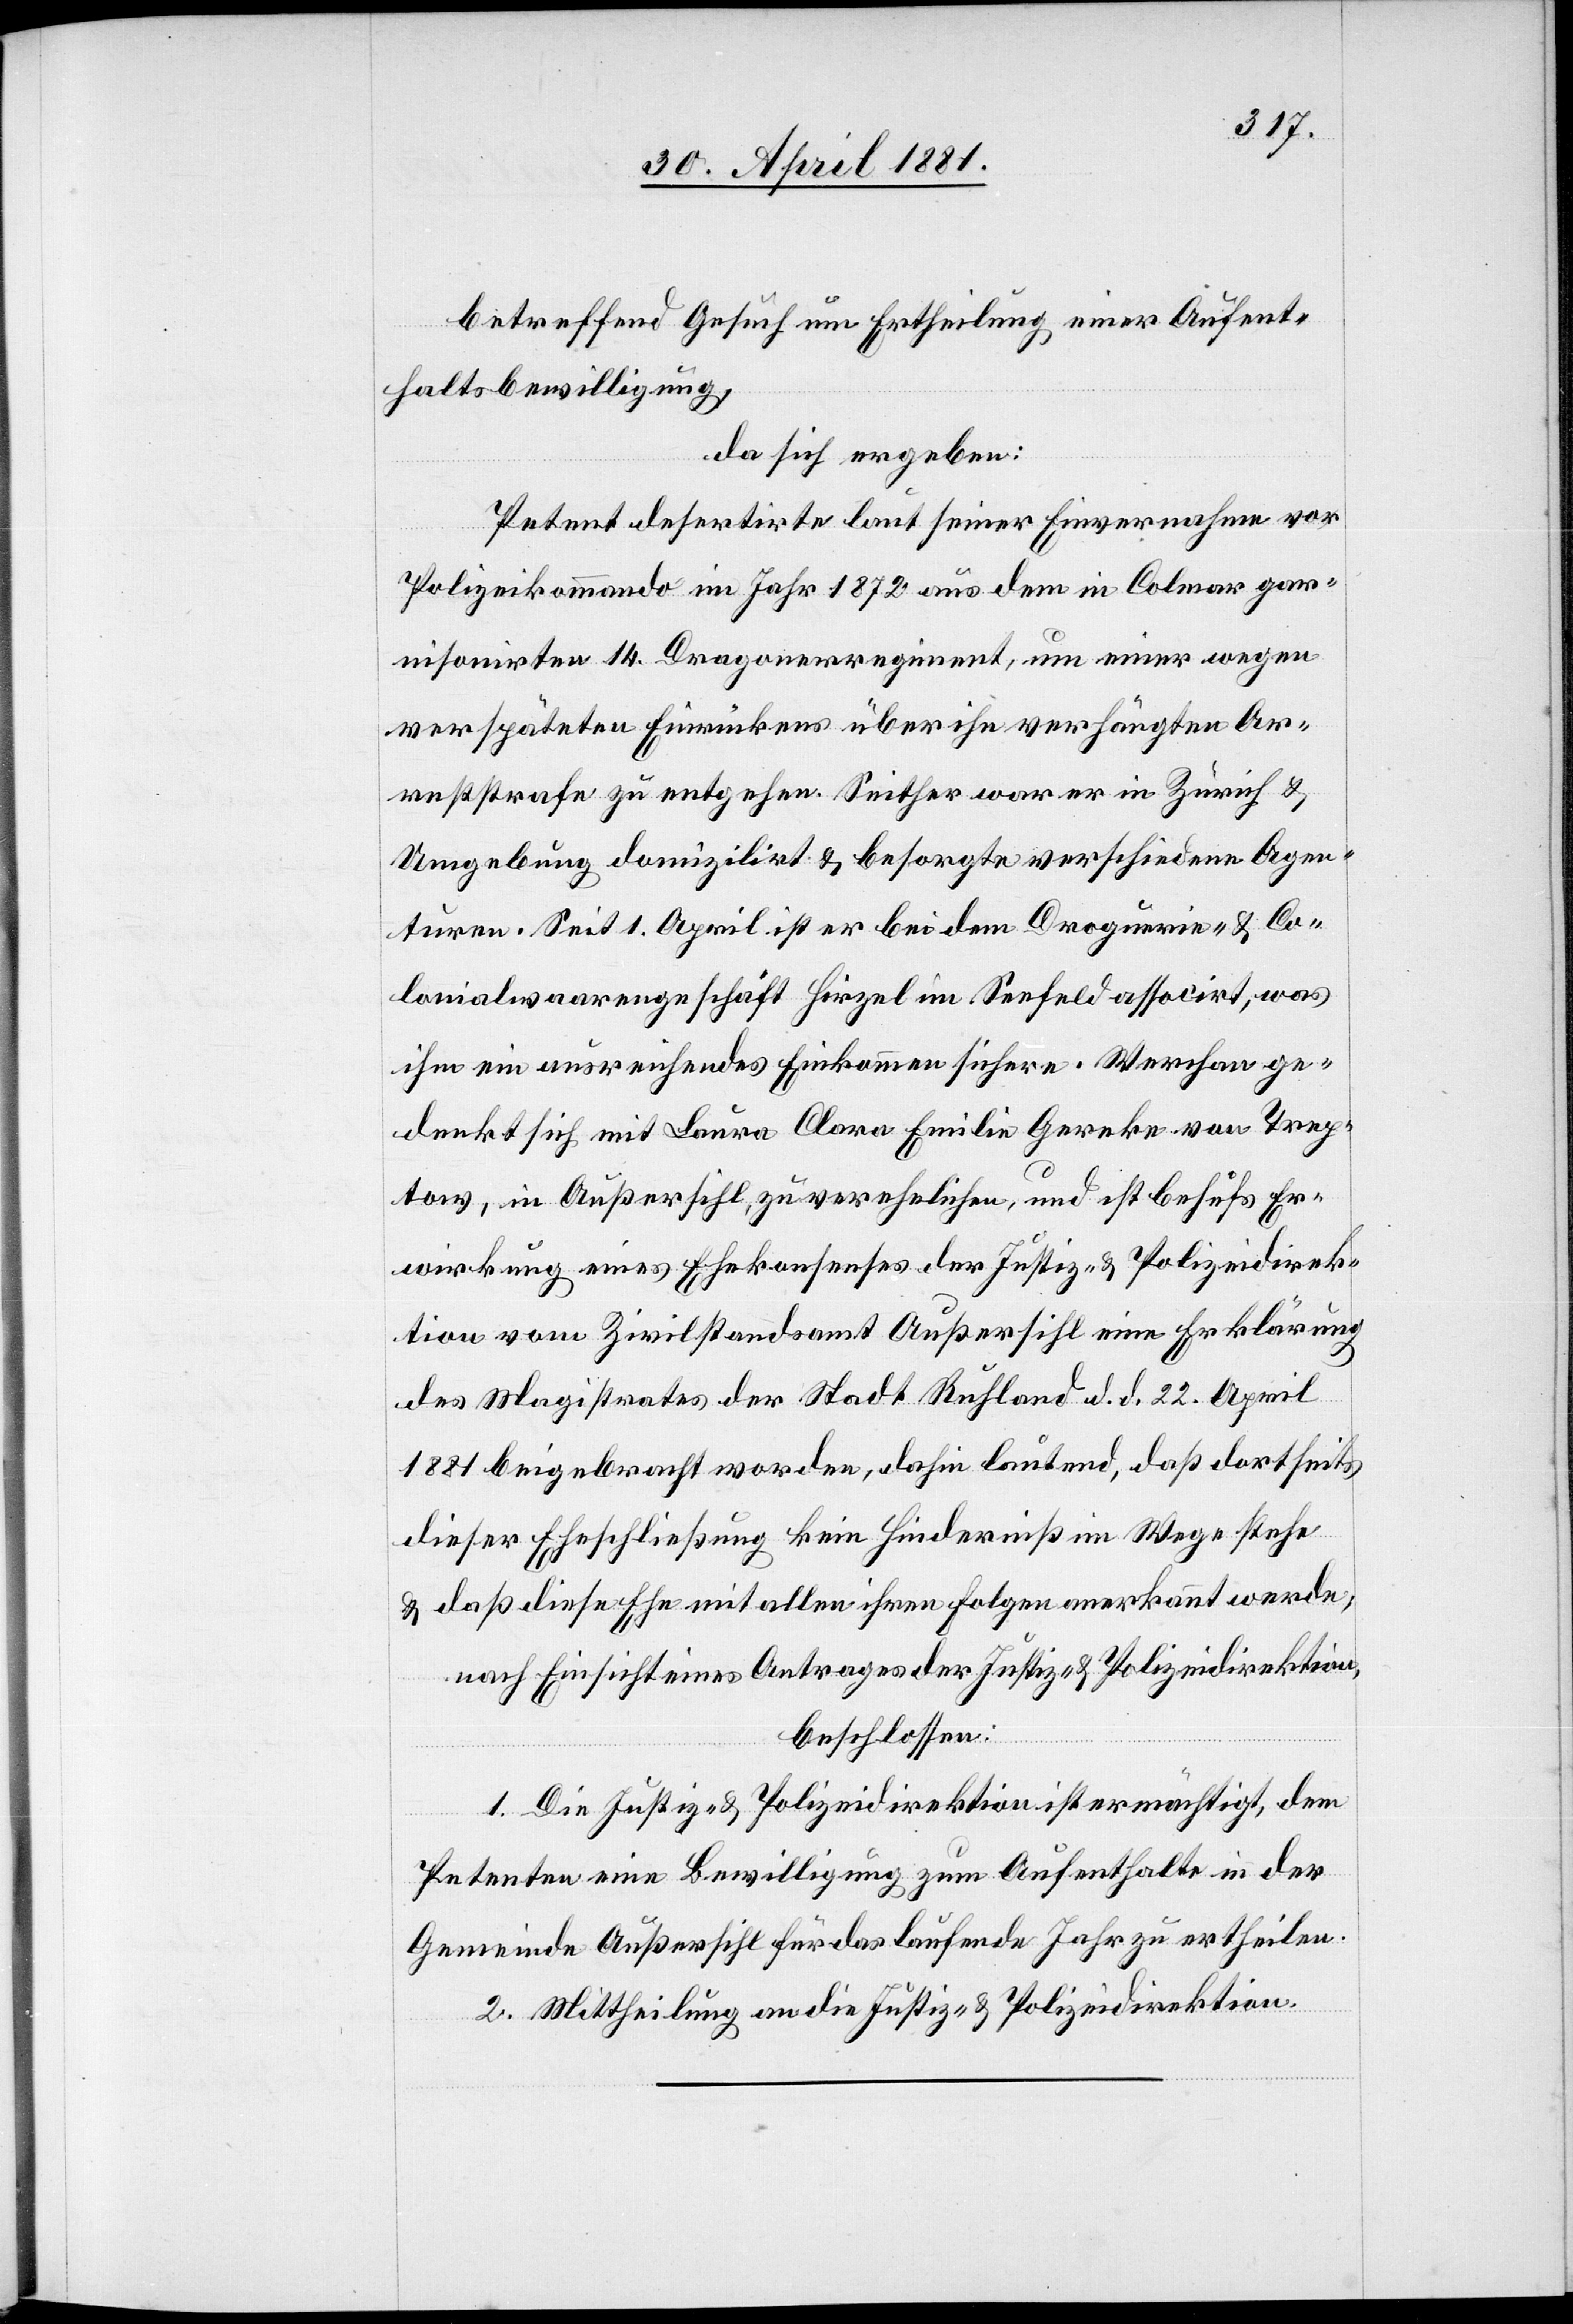
betreffend Gesuch um Ertheilung einer Aufent¬
haltsbewilligung,
da sich ergeben:
Petent desertirte laut seiner Einvernahme vor
Polizeikommando im Jahr 1872 aus dem in Colmar gar¬
nisonirten 14. Dragonerregiment, um einer wegen
verspäteten Einrückens über ihn verhängten Ar¬
reststrafe zu entgehen. Seither war er in Zürich &
Umgebung domizilirt & besorgte verschiedene Agen¬
turen. Seit 1. April ist er bei dem Droguerie- & Co¬
lonialwaarengeschäft Hirzel im Seefeld associrt
ihm ein ausreichendes Einkommen sichere. Werchan ge¬
denkt sich mit Laura Clara Emilie Gereke von Trep¬
tow, in Außersihl, zu verehelichen, und ist behufs Er¬
wirkung eines Ehekonsenses der Justiz- & Polizeidirek¬
tion vom Zivilstandsamt Außersihl eine Erklärung
des Magistrates der Stadt Ruhland d. d. 22. April
1881 beigebracht worden, dahin lautend, daß dortseits
dieser Eheschließung kein Hinderniß im Wege stehe
& daß diese Ehe mit allen ihren Folgen anerkannt werde;
nach Einsicht eines Antrages der Justiz- & Polizeidirektion,
beschlossen:
1. Die Justiz- & Polizeidirektion ist ermächtigt, dem
Petenten eine Bewilligung zum Aufenthalte in der
Gemeinde Außersihl für das laufende Jahr zu ertheilen.
2. Mittheilung an die Justiz- & Polizeidirektion.